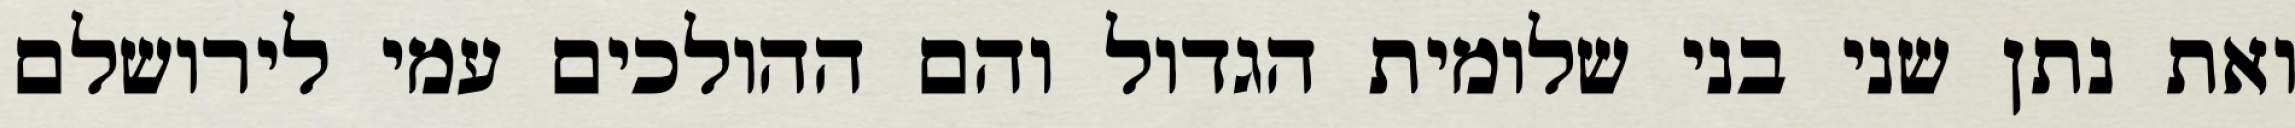
ואת נתן שני בני שלומית הגדול והם ההולכים עמי לירושלם